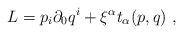
LaTeX: \begin{align*}L= p_i \partial_{0} q^i + \xi^\alpha t_\alpha(p,q) \ ,\end{align*}